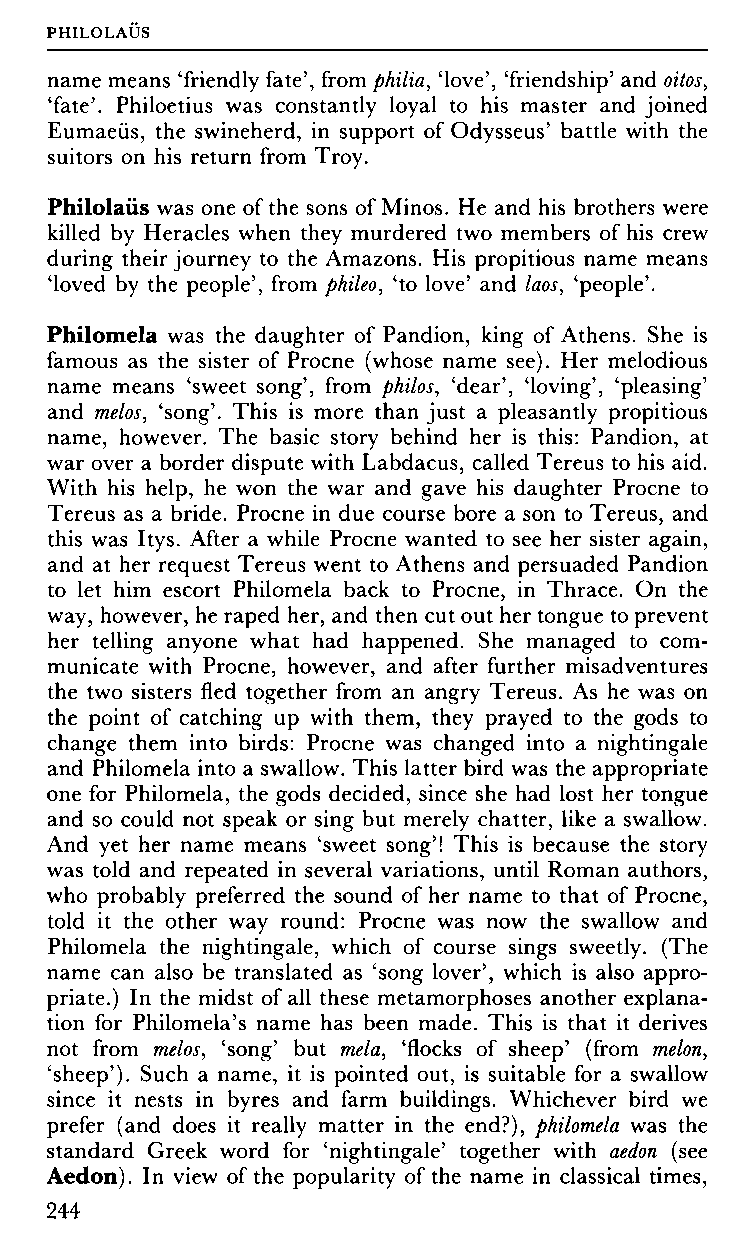
PHILOLAUS
 name means 'friendly fate', from philia, 'love', 'friendship' and oitos,
 'fate'. Philoetius was constantly loyal to his master and joined
 Eumaeüs, the swineherd, in support of Odysseus' battle with the
 suitors on his return from Troy.
 Philolaüs was one of the sons of Minos. He and his brothers were
 killed by Heracles when they murdered two members of his crew
 during their journey to the Amazons. His propitious name means
 'loved by the people', from phileo, 'to love' and laos, 'people'.
 Philomela was the daughter of Pandion, king of Athens. She is
 famous as the sister of Procne (whose name see). Her melodious
 name means 'sweet song', from philos, 'dear', 'loving', 'pleasing'
 and melos, 'song'. This is more than just a pleasantly propitious
 name, however. The basic story behind her is this: Pandion, at
 war over a border dispute with Labdacus, called Tereus to his aid.
 With his help, he won the war and gave his daughter Procne to
 Tereus as a bride. Procne in due course bore a son to Tereus, and
 this was Itys. After a while Procne wanted to see her sister again,
 and at her request Tereus went to Athens and persuaded Pandion
 to let him escort Philomela back to Procne, in Thrace. On the
 way, however, he raped her, and then cut out her tongue to prevent
 her telling anyone what had happened. She managed to com
 municate with Procne, however, and after further misadventures
 the two sisters fled together from an angry Tereus. As he was on
 the point of catching up with them, they prayed to the gods to
 change them into birds: Procne was changed into a nightingale
 and Philomela into a swallow. This latter bird was the appropriate
 one for Philomela, the gods decided, since she had lost her tongue
 and so could not speak or sing but merely chatter, like a swallow.
 And yet her name means 'sweet song'! This is because the story
 was told and repeated in several variations, until Roman authors,
 who probably preferred the sound of her name to that of Procne,
 told it the other way round: Procne was now the swallow and
 Philomela the nightingale, which of course sings sweetly. (The
 name can also be translated as 'song lover', which is also appro
 priate.) In the midst of all these metamorphoses another explana
 tion for Philomela's name has been made. This is that it derives
 not from melos, 'song' but mela, 'flocks of sheep' (from melon,
 'sheep'). Such a name, it is pointed out, is suitable for a swallow
 since it nests in byres and farm buildings. Whichever bird we
 prefer (and does it really matter in the end?), philomela was the
 standard Greek word for 'nightingale' together with aedon (see
 Aedon). In view of the popularity of the name in classical times,
 244